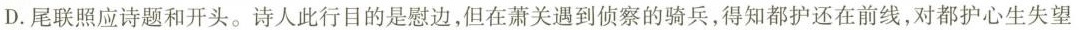
D.尾联照应诗题和开头。诗人此行目的是慰边，但在萧关遇到侦察的骑兵，得知都护还在前线，对都护心生失望